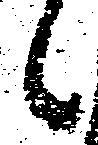
候